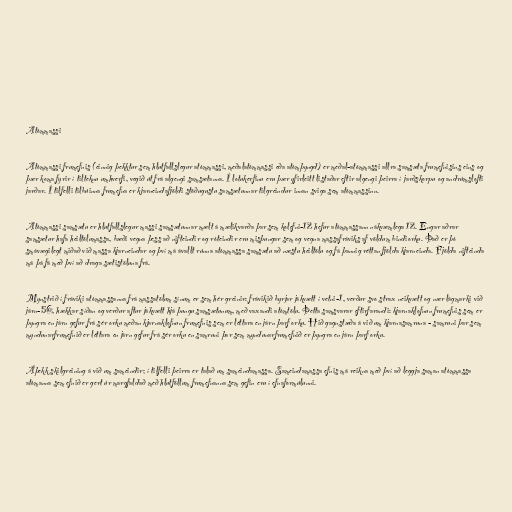
Atómmassi

Atómmassi frumefnis (einnig þekktur sem hlutfallslegur atómmassi, meðalatómmassi eða atómþyngd) er meðal-atómmassi allra samsæta frumefnisins eins og
þær koma fyrir í tilteknu umhverfi, vegið út frá algengi samsætanna. Í lotukerfinu eru þær yfirleitt listaðar eftir algengi þeirra í jarðskorpu og andrúmslofti
jarðar. Í tilfelli tilbúinna frumefna er kjarneindafjöldi stöðugustu samsætunnar tilgreindur innan sviga sem atómmassinn.

Atómmassi samsætu er hlutfallslegur massi samsætunnar mælt á mælikvarða þar sem kolefni-12 hefur atómmassann nákvæmlega 12. Engar aðrar
samsætur hafa heiltölumassa, bæði vegna þess að nifteindir og róteindir eru misþungar sem og vegna massafráviks af völdum bindiorku. Það er þó
smávægilegt miðað við massa kjarneindar og því má ávallt rúnna atómmassa samsætu að næstu heiltölu og fá þannig réttan fjölda kjarneinda. Fjölda nifteinda
má þá fá með því að draga sætistöluna frá.

Mynstrið í fráviki atómmassanna frá massatölum sínum er sem hér greinir: frávikið byrjar jákvætt í vetni-1, verður svo strax neikvætt og nær lágmarki við
járn-56, hækkar síðan og verður aftur jákvætt hjá þungu samsætunum, með vaxandi atómtölu. Þetta samsvarar eftirfarandi: kjarnaklofnun frumefnis sem er
þyngra en járn gefur frá sér orku meðan kjarnaklofnun frumefnis sem er léttara en járn þarf orku. Hið gagnstæða á við um kjarnasamruna - samruni þar sem
myndunarfrumefnið er léttara en járn gefur frá sér orku en samruni þar sem myndunarfrumefnið er þyngra en járn þarf orku.

Áþekk skilgreining á við um sameindir; í tilfelli þeirra er talað um sameindamassa. Sameindamassa efnis má reikna með því að leggja saman atómmassa
atómanna sem efnið er gert úr margfaldað með hlutföllum frumefnanna sem gefin eru í efnaformúlunni.